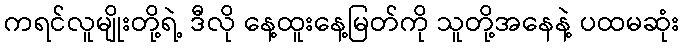
ကရင်လူမျိုးတို့ရဲ့ ဒီလို နေ့ထူးနေ့မြတ်ကို သူတို့အနေနဲ့ ပထမဆုံး